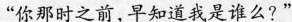
你那时之前,早知道我是谁么?”